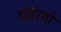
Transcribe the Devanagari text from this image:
योरियो